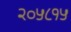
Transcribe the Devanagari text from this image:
२०५८१५